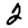
Digit: 2